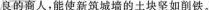
良的商人，能使新筑城墙的土块坚如削铁